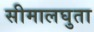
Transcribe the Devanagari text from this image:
सीमालघुता